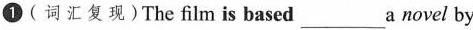
1 (词汇复现)The film is based___a novel by